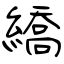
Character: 繑